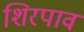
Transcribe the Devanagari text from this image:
शिरपाव